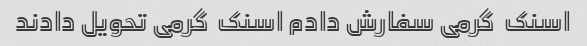
اسنک  گرمی سفارش دادم اسنک  گرمی تحویل دادند